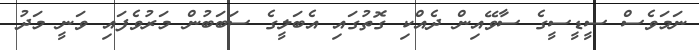
ނަމަވެސް ސީޑީސީގެ ސާވޭއިން ދެއްކި ގޮތުގައި އެބަލީގެ ސަބަބުން މަރުވެފައި ވަނީ މަދު